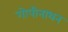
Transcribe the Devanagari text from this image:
गोपीनाथन